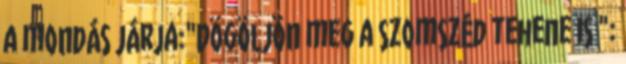
a mondás járja:"Dögöljön meg a szomszéd tehene is ":